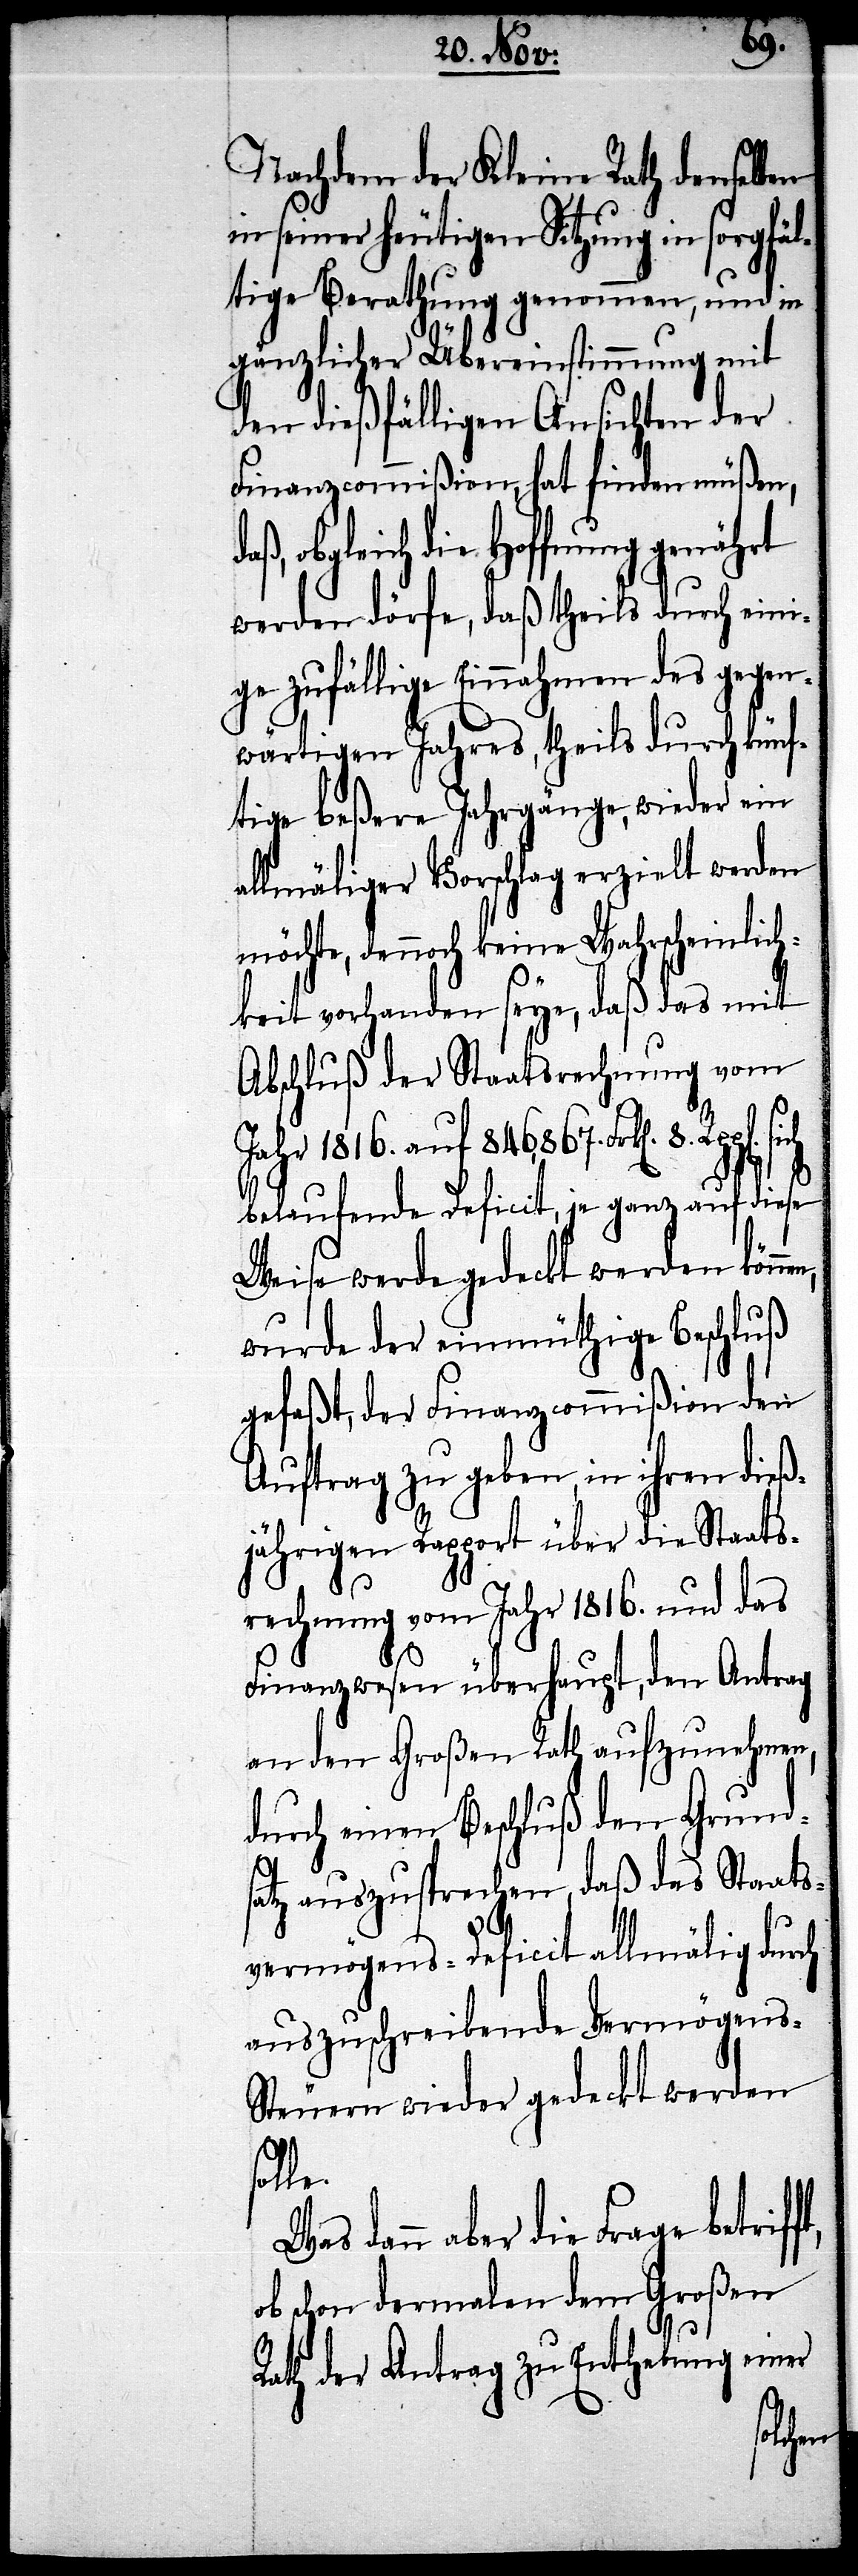
8.
Nachdem der Kleine Rath denselben
in seiner heutigen Sitzung in sorgfäl¬
tige Berathung genommen, und in
gänzlicher Übereinstimmung mit
den dießfälligen Ansichten der
Finanzcommißion, hat finden müßen,
obgleich die Hoffnung genährt
werden dörfe, daß theils durch kün¬
ftige beßere Jahrgänge, wieder ein
allmäliger Vorschlag erzielt werden
möchte, dennoch keine Wahrscheinlich¬
keit vorhanden seye, daß das mit
Abschluß der Staatsrechnung vom
Jahr 1816 .auf 846,867. Frk[en].
belaufende Deficit, je ganz auf diese
Weise werde gedeckt werden können,
wurde der einmüthige Beschluß
gefaßt, der Finanzcommißion den
Auftrag zu geben, in ihren dieß¬
jährigen Rapport über die Staats¬
rechnung vom Jahr 1816. und das
Finanzwesen überhaupt, den Antrag
an den Großen Rath aufzunehmen,
durch einen Beschluß den Grunds¬
atz auszusprechen, daß das Staats¬
vermögens-Deficit allmälig durch
auszuschreibende Vermögens-S¬
teuern wieder gedeckt werden
dann aber die Frage betrif¬
obschon dermalen dem Großen
Rath der Antrag zu Enthebung einer
ft,